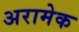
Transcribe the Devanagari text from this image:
अरामेक